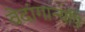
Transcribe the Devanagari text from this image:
वेदांगान्यपि